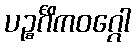
ပဉ္စင်္ဂိကဝဂ္ဂေါ